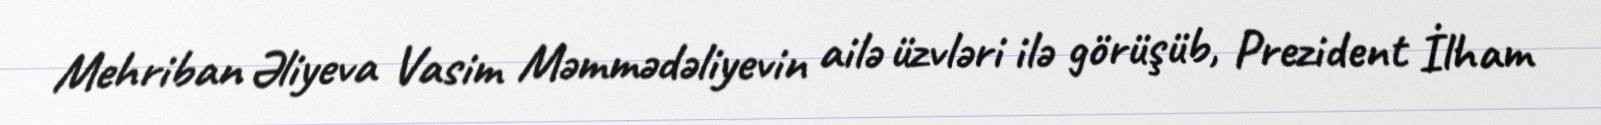
Mehriban Əliyeva Vasim Məmmədəliyevin ailə üzvləri ilə görüşüb, Prezident İlham